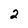
Character: 2